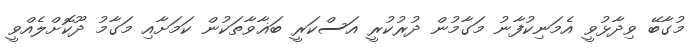
މުގާބޭ ވިދާޅުވީ އެމަނިކުފާނު މަގާމުން ދުރުކުރީ އަސްކަރީ ބަޣާވާތަކުން ކަމަށާއި މަގާމު ދޫކޮށްލެއްވީ